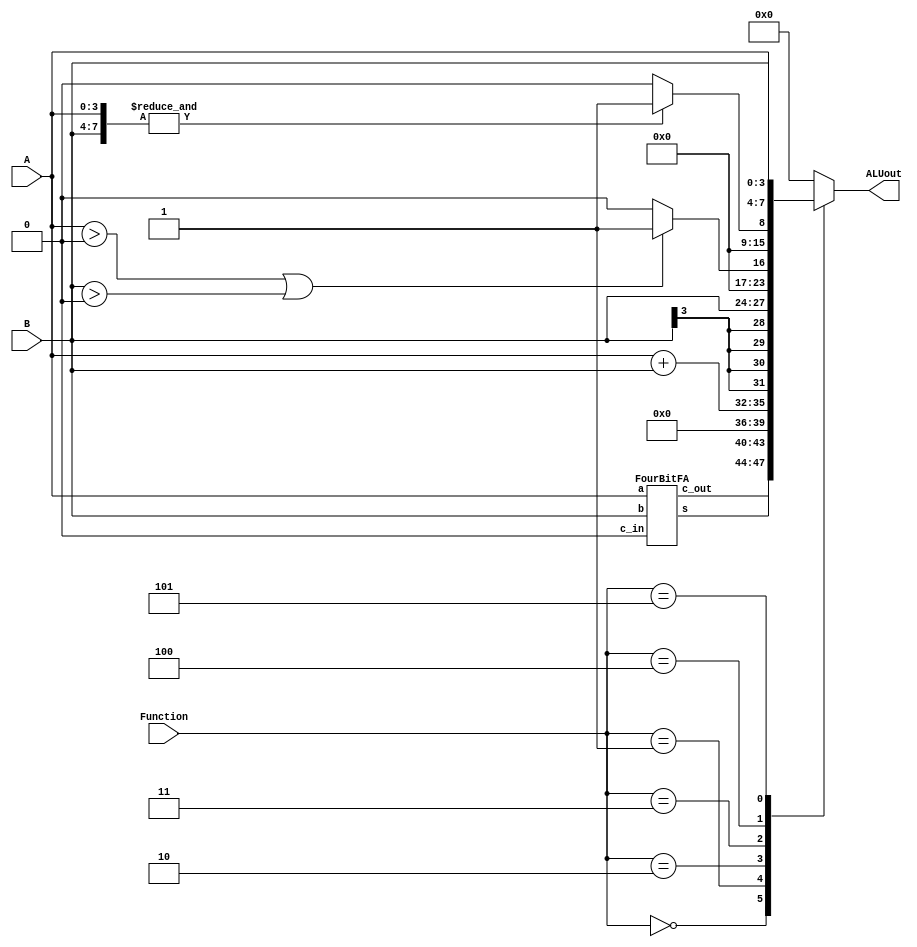
module part3(A,B, Function,ALUout);
	input [3:0] A;
	input [3:0] B;
	input [2:0] Function;
	output reg [7:0] ALUout;
	
	wire [3:0] adder;
	wire [3:0] carry;
	FourBitFA p0(.a(A), .b(B), .c_in(1'b0), .s(adder[3:0]), .c_out(carry[3:0]));
	always @(*)
		begin
			case(Function)
			    3'b000: ALUout = {carry,adder};

			    3'b001: ALUout = {3'b0,A + B};

			    3'b010: 
				ALUout = {{4{B[3]}},B};
				
			    3'b011: 
				begin
				    if((A>0) | (B>0))
					ALUout = 8'b00000001;
		    		    else
					ALUout = 8'b0;
				end
			    3'b100: 
				begin
				    if(&{A,B})
					ALUout = 8'b00000001;
		    		    else
					ALUout = 8'b00000000;
				end
	
			    3'b101: ALUout = {A,B};

			    default: ALUout = 8'b0;
			endcase
		end
endmodule


module FA(a,b,c_in,s,c_out);
	input a,b,c_in;
	output s , c_out;
	assign s=(c_in ^ a ^ b);
	assign c_out=(a&b)|(c_in&a)|(c_in&b);
endmodule

module FourBitFA(a,b,c_in,s,c_out);
	input [3:0] a,b;
	input c_in;
	output [3:0] s;
	output [3:0] c_out;
	
	wire c1 , c2 , c3 , c4;
	
	FA bit0(a[0],b[0],c_in,s[0],c1);
	FA bit1(a[1],b[1],c1,s[1],c2);
	FA bit2(a[2],b[2],c2,s[2],c3);
	FA bit3(a[3],b[3],c3,s[3],c4);

	assign c_out = {c4,c3,c2,c1};
endmodule

module hex_decoder(c,display);
	input [3:0] c;
	output[6:0] display;
	
	assign c3 = c[0];
	assign c2 = c[1];
	assign c1 = c[2];
	assign c0 = c[3];
	
	assign display[0] = ~((~c3&~c2&~c1&~c0) + (~c3&~c2&c1&~c0) + (~c3&~c2&c1&c0) + (~c3&c2&~c1&c0) + (~c3&c2&c1&~c0) + (~c3&c2&c1&c0) + (c3&~c2&~c1&~c0) + (c3&~c2&~c1&c0) + (c3&~c2&c1&~c0) + (c3&c2&~c1&~c0) + (c3&c2&c1&~c0) + (c3&c2&c1&c0));
        assign display[1] = ~((~c3&~c2&~c1&~c0) + (~c3&~c2&~c1&c0) + (~c3&~c2&c1&~c0) + (~c3&~c2&c1&c0) + (~c3&c2&~c1&~c0) + (~c3&c2&c1&c0) + (c3&~c2&~c1&~c0) + (c3&~c2&~c1&c0) + (c3&~c2&c1&~c0) + (c3&c2&~c1&c0));
        assign display[2] = ~((~c3&~c2&~c1&~c0) + (~c3&~c2&~c1&c0) + (~c3&~c2&c1&c0) + (~c3&c2&~c1&~c0) + (~c3&c2&~c1&c0) + (~c3&c2&c1&~c0) + (~c3&c2&c1&c0) + (c3&~c2&~c1&~c0) + (c3&~c2&~c1&c0) + (c3&~c2&c1&~c0) + (c3&~c2&c1&c0) + (c3&c2&~c1&c0));
        assign display[3] = ~((~c3&~c2&~c1&~c0) + (~c3&~c2&c1&~c0) + (~c3&~c2&c1&c0) + (~c3&c2&~c1&c0) + (~c3&c2&c1&~c0) + (c3&~c2&~c1&~c0) + (c3&~c2&~c1&c0) + (c3&~c2&c1&c0) + (c3&c2&~c1&~c0) + (c3&c2&~c1&c0) + (c3&c2&c1&~c0));
        assign display[4] = ~((~c3&~c2&~c1&~c0) + (~c3&~c2&c1&~c0) + (~c3&c2&c1&~c0) + (c3&~c2&~c1&~c0) + (c3&~c2&c1&~c0) + (c3&~c2&c1&c0) + (c3&c2&~c1&~c0) + (c3&c2&~c1&c0) + (c3&c2&c1&~c0) + (c3&c2&c1&c0));
        assign display[5] = ~((~c3&~c2&~c1&~c0) + (~c3&c2&~c1&~c0) + (~c3&c2&~c1&c0) + (~c3&c2&c1&~c0) + (c3&~c2&~c1&~c0) + (c3&~c2&~c1&c0) + (c3&~c2&c1&~c0) + (c3&~c2&c1&c0) + (c3&c2&~c1&~c0) + (c3&c2&c1&~c0) + (c3&c2&c1&c0));
        assign display[6] = ~((~c3&~c2&c1&~c0) + (~c3&~c2&c1&c0) + (~c3&c2&~c1&~c0) + (~c3&c2&~c1&c0) + (~c3&c2&c1&~c0) + (c3&~c2&~c1&~c0) + (c3&~c2&~c1&c0) + (c3&~c2&c1&~c0) + (c3&~c2&c1&c0) + (c3&c2&~c1&c0) + (c3&c2&c1&~c0) + (c3&c2&c1&c0));
endmodule